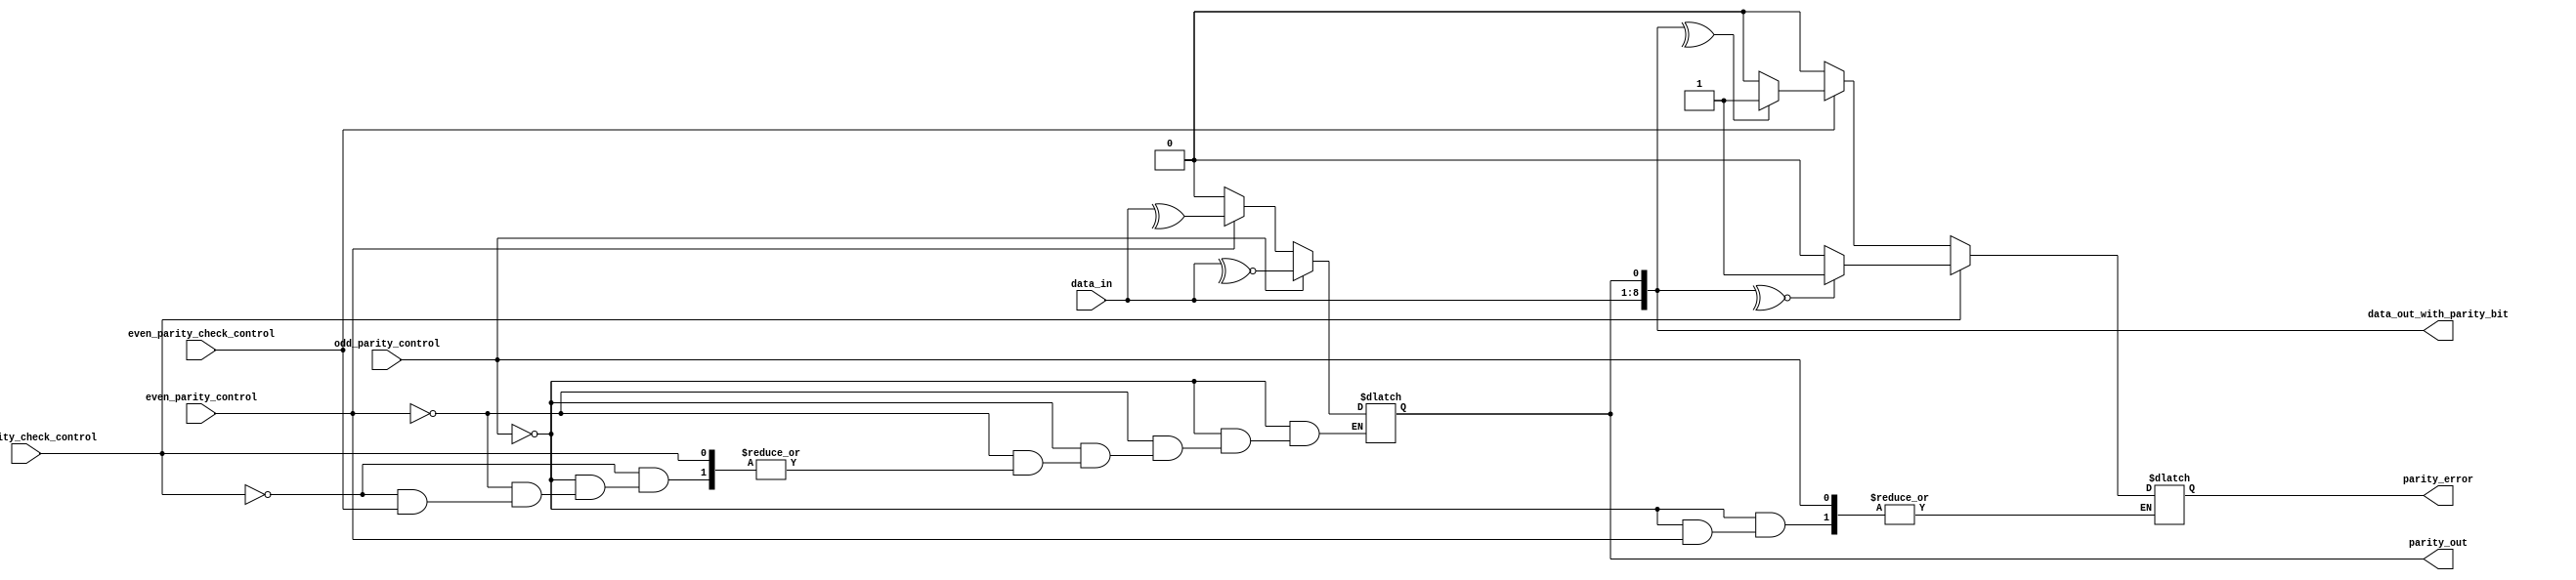

module parity_generator_checker (
  input [7:0] data_in,
  input odd_parity_control,
  input even_parity_control,
  input odd_parity_check_control,
  input even_parity_check_control,
  output [8:0] data_out_with_parity_bit,
  output parity_out,
  output reg parity_error
);

  reg parity_bit;

  assign parity_out = parity_bit;
  
  always @* begin  // Parity generator
    if (odd_parity_control) begin
      parity_bit = ~^data_in;
    end else if (even_parity_control) begin
      	  parity_bit = ^data_in;
    end else if (odd_parity_check_control) 
	begin

           if (~^{data_in,parity_bit})
	       begin
	        $display($time,"ns For ODD parity: Let's say from DUT the parity_bit is %b\n",parity_bit);
	        parity_error = 1'b1;
	       end
           else
               begin
	         $display($time,"ns For ODD parity: Let's say from DUT the parity_bit is %b\n",parity_bit);
	         parity_error = 1'b0;
	       end
        end	  
	else if (even_parity_check_control) 
	begin
                 if (^{data_in,parity_bit})
	           begin
	             $display($time,"ns For EVEN parity: Let's say from DUT the parity_bit is %b\n",parity_bit);
	             parity_error = 1'b1;
                   end
		else
               	   begin
	            $display($time,"ns For EVEN parity: Let's say from DUT the parity_bit is %b\n",parity_bit);
	            parity_error = 1'b0;
	           end
        end
	else 
	begin
        parity_error = 1'b0;
	parity_bit=1'b0;
        end
    end

  // Output data with parity bit
  assign data_out_with_parity_bit = {data_in, parity_bit};

endmodule